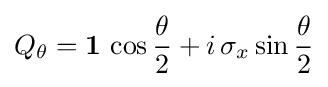
Q_{\theta }={\boldsymbol {1}}\,\cos {\frac {\theta }{2}}+i\,\sigma _{x}\sin {\frac {\theta }{2}}